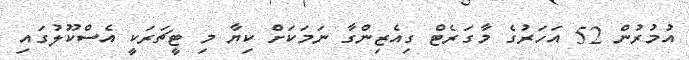
އުމުރުން 52 އަހަރުގެ މާގަރެޓް ގިއެޒިންގާ ނަމަކަށް ކިޔާ މި ޓީޗަރަކީ އެސްކޫލުގައި